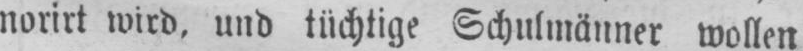
norirt wird, und tüchtige Schulmänner wollen